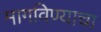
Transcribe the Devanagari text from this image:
मागविण्याचा